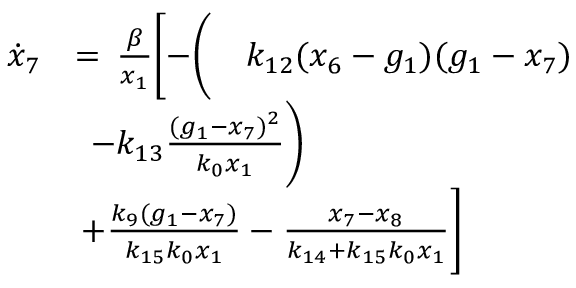
\begin{array} { r l } { \Dot { x } _ { 7 } } & { = \, \frac { \beta } { x _ { 1 } } \biggl [ - \biggl ( \quad k _ { 1 2 } ( x _ { 6 } - g _ { 1 } ) ( g _ { 1 } - x _ { 7 } ) } \\ & { \, \; - k _ { 1 3 } \frac { ( g _ { 1 } - x _ { 7 } ) ^ { 2 } } { k _ { 0 } x _ { 1 } } \biggr ) } \\ & { \, + \frac { k _ { 9 } ( g _ { 1 } - x _ { 7 } ) } { k _ { 1 5 } k _ { 0 } x _ { 1 } } - \frac { x _ { 7 } - x _ { 8 } } { k _ { 1 4 } + k _ { 1 5 } k _ { 0 } x _ { 1 } } \biggr ] } \end{array}